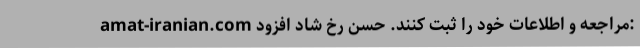
amat-iranian.com مراجعه و اطلاعات خود را ثبت کنند. حسن رخ شاد افزود: